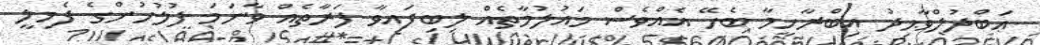
ޢަބްދުލްވާޙިދު އިބްރާހީމާ ބެހޭ އެއްވެސް މައުލުމާތެއް ލިބިފައިވާ ފަރާތެއް ވާނަމަ ފުލުހުންގެ ފެމިލީ